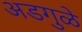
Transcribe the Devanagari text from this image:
अडगुळे